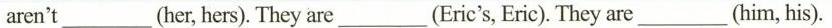
aren't_(her, hers). They are_(Eric's, Eric). They are_(him, his).